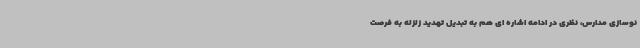
نوسازی مدارس، نظری در ادامه اشاره ای هم به تبدیل تهدید زلزله به فرصت